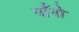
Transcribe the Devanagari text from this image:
पाँगो